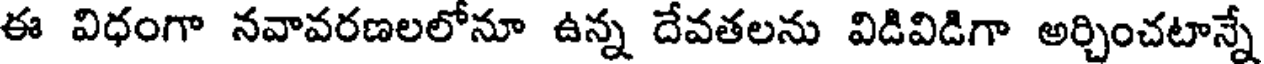
ఈ విధంగా నవావరణలలోనూ ఉన్న దేవతలను విడివిడిగా అర్చించటాన్నే